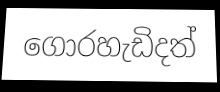
ගොරහැඩිදත්